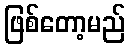
ဖြစ်တော့မည်